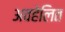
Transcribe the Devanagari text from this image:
अवहेलित